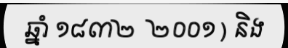
ឆ្នាំ ១៨៣២  ២០០១ ) និង